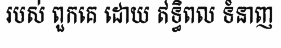
របស់ ពួកគេ ដោយ ឥទ្ធិពល ទំនាញ